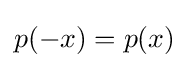
p(-x)=p(x)